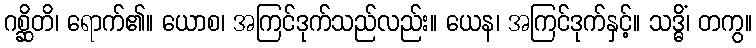
ဂစ္ဆိတိ၊ ရောက်၏။ ယောစ၊ အကြင်ဒုက်သည်လည်း။ ယေန၊ အကြင်ဒုက်နှင့်။ သဒ္ဓိံ၊ တကွ။